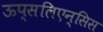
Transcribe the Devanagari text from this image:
ऊप्सलिएन्सिस